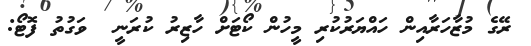
ރޭގެ މުޒާހަރާއިން ހައްޔަރުކުރި މީހުން ކޯޓަށް ހާޒިރު ކުރަނީ  ވަގުތު ފޮޓޯ: